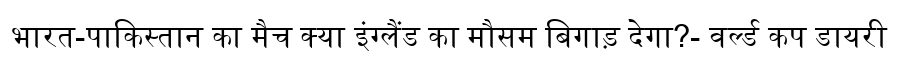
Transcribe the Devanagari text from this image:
भारत-पाकिस्तान का मैच क्या इंग्लैंड का मौसम बिगाड़ देगा?- वर्ल्ड कप डायरी